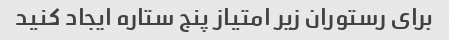
برای رستوران زیر امتیاز پنج ستاره ایجاد کنید